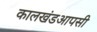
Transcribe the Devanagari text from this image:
कालखंडआपसी